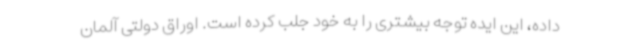
داده، این ایده توجه بیشتری را به خود جلب کرده است. اوراق دولتی آلمان